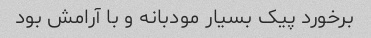
برخورد پیک بسیار مودبانه و با آرامش بود